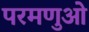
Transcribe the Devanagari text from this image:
परमणुओ